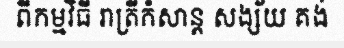
ពីកម្មវិធី រាត្រីកំសាន្ត សង្ស័យ គង់